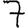
Digit: 7